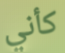
كأني